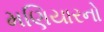
મણિયારનો